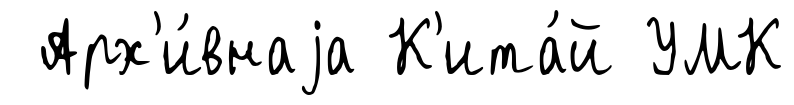
Арх'и́внаjа К'ита́й УМК